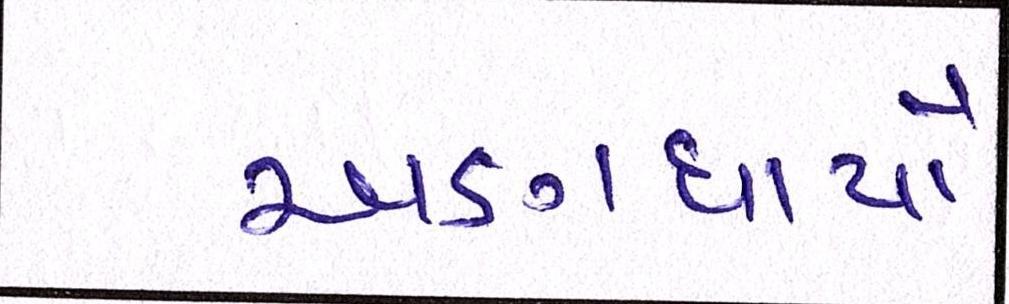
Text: અણધાર્યો